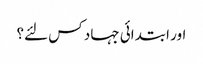
اور ابتدائی جہاد کس لئے؟